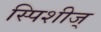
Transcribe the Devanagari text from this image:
स्पिशीज्‌